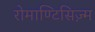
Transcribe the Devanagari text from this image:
रोमाण्टिसिज़्म